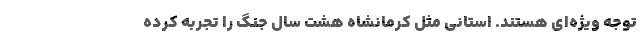
توجه ویژه‌ای هستند. استانی مثل کرمانشاه هشت سال جنگ را تجربه کرده